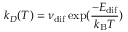
k _ { D } ( T ) = \nu _ { \mathrm { d i f } } \exp ( \frac { - E _ { \mathrm { d i f } } } { k _ { \mathrm { B } } T } )